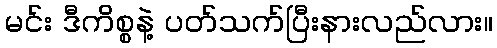
မင်း ဒီကိစ္စနဲ့ ပတ်သက်ပြီးနားလည်လား။